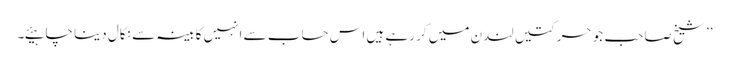
’’ شیخ صاحب جو حرکتیں لندن میں کر رہے ہیں اس حساب سے انہیں کابینہ سے نکال دینا چاہیئے۔